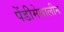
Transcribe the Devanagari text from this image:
पेंडीमेथालीन